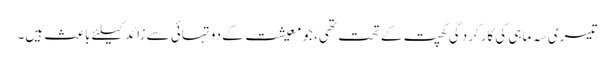
تیسری سہ ماہی کی کارکردگی کھپت کے تحت تھی، جو معیشت کے دو تہائی سے زائد کیلئے باعث ہیں۔